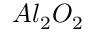
A l _ { 2 } O _ { 2 }